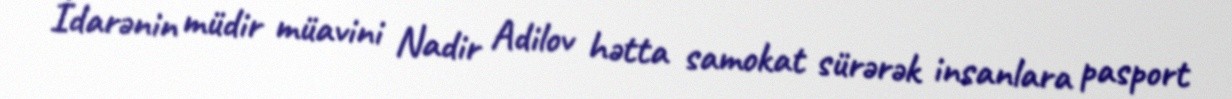
İdarənin müdir müavini Nadir Adilov hətta samokat sürərək insanlara pasport